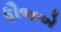
ફૌજએ